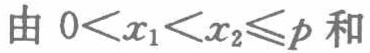
由 \(0<x_{1}<x_{2}\leqslant p\) 和